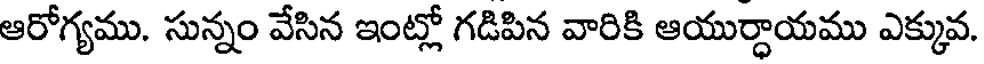
ఆరోగ్యము. సున్నం వేసిన ఇంట్లో గడిపిన వారికి ఆయుర్ధాయము ఎక్కువ.